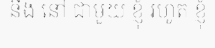
នឹង នៅ ជាមួយ ខ្ញុំ រហូត ខ្ញុំ